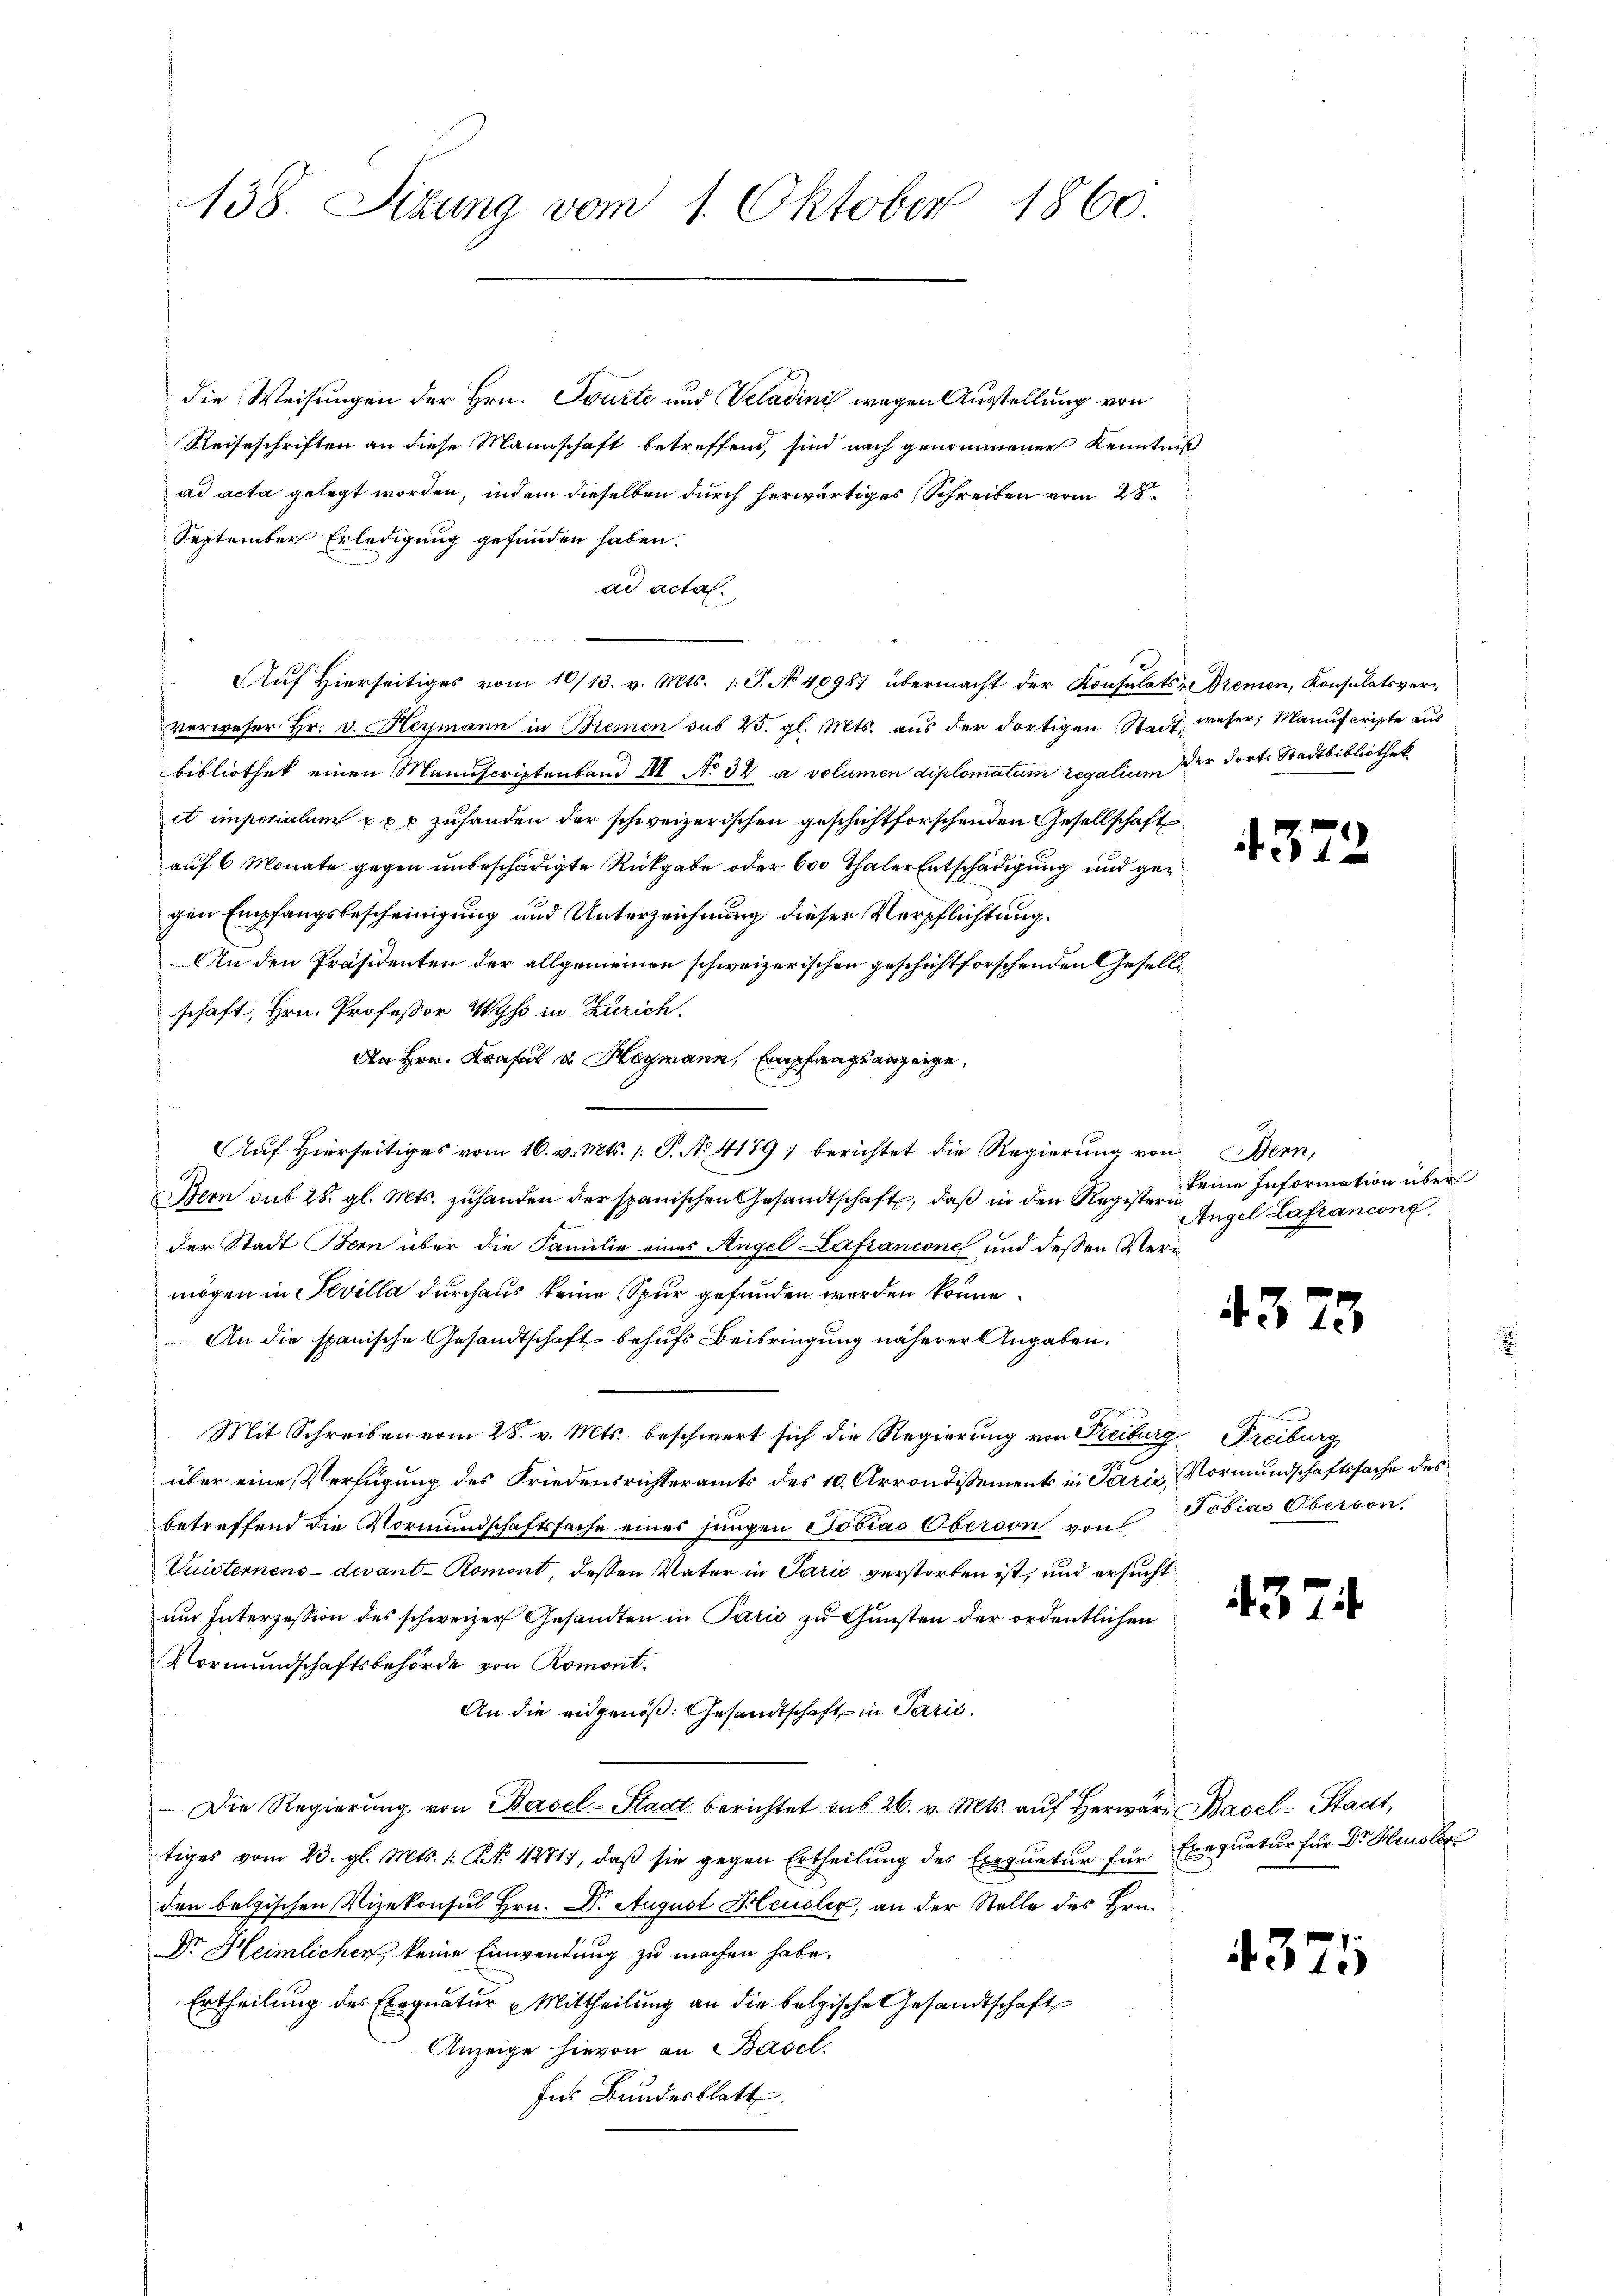
138. Sizung vom 1. Oktober 1860.

die Weisungen der Hrn. Tourte und Veladinis wegen Ausstellung von
Reiseschriften an diese Mannschaft betreffend, sind nach genommener Kenntniß
ad acta gelegt worden, indem dieselben durch herwärtiges Schreiben vom 25
September Erledigung gefunden haben.
ad actal.
Auf Hierseitiges vom 10/13. v. Mts. 1. P. No 40987 übermacht der Konsulats-Bremen, Konsulatsver-
.
verweser Hr. v. Heymann in Bremen sub 25. gl. Mts. aus der dortigen Stadt, weser; Manuscripte aus
bibliothek einen Manuscriptenband III No 34 a volumen diplomatum regalium der dort. Stadtbibliothek
et imperialum u xx zuhanden der schweizerischen geschichtforschenden Gesellschaft
auf 6 Monate gegen unbeschädigte Rückgabe oder 600 Thaler Entschädigung und gegen Empfangsbescheinigung und Unterzeichnung dieser Verpflichtung.
An den Präsidenten der allgemeinen schweizerischen geschichtforschenden Gesellischaft, Hrn. Professor Wyss in Zürich.
An Hrn. Konsul u. Hagmann, Empfangsanzeige,
Auf Hierseitiges vom 16. v. Mts. 1. P. N. 1179; berichtet die Regierung von Bern,
Bern sub 28. gl. Mts. zuhanden der spanischen Gesandtschaft, daß in den Registerin
der Stadt Bern über die Familie eines Angel Lafrancone und dessen Vermögen in Pevilla durchaus keine Spur gefunden werden könne
An die spanische Gesandtschaft behufs Beibringung näherer Angaben.
Mit Schreiben vom 28. v. Mts. beschwert sich die Regierung von Freiburg Freiburg
e
über eine Verfügung des Friedensrichteramts des 10. Arrondissement in Paris, Vormundschaftssache des
betreffend die Vormundschaftssache eines jungen Tobias Oberson von Tobias Oberson,
Vuisternens devant-Romont, dessen Vater in Parić verstorben ist, und ersucht
um Interzession des schweizer Gesandten in Paris zu Gunsten der ordentlichen
Vormundschaftsbehörde von Romont.
An die eidgenöß: Gesandtschaft in Paris.
 Die Regierŭng von Basel-Stadt berichtet aus 26. v. Mts. aŭf herwarr Basel-Stadt,
tiges vom 23. gl. Mts. 1. No. 424711, daβ sie gegen Ertheilŭng des Exeqŭatŭr für Exequatur für Dr. Heusler
den belgischen Vizekonsul Hrn. Dr. August Heusler, an der Stelle des Hrn.
Dr. Heimlicher, keine Einwendung zu machen habe.
Ertheilung des Exequatur u Mittheilung an die belgische Gesandtschaft
Anzeige hievon an Basel.
Ins Bundesblatt.

4372

keine Information über
Angel Lafrancone

4373

4374

4375